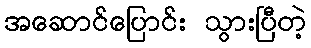
အဆောင်ပြောင်း သွားပြီတဲ့